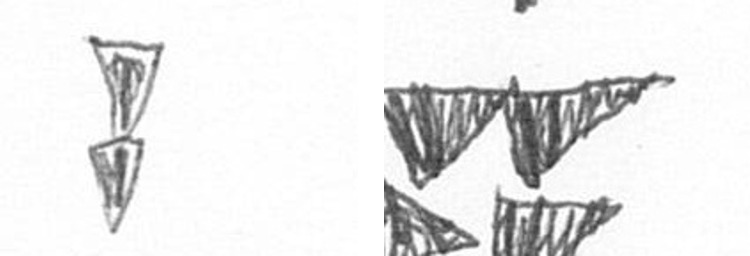
Z B